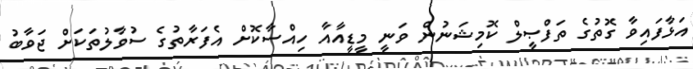
އަޅާފައިވާ ގޮތުގެ ތަފްޞީލް ކޮމިޝަނުން ވަނީ މީޑީއާއާ ހިއްސާކޮށް އެފަރާތުގެ ސުވާލުތަކަށް ޖަވާބު